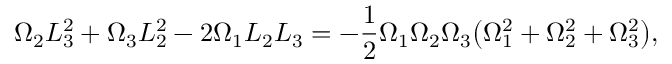
\Omega _ { 2 } L _ { 3 } ^ { 2 } + \Omega _ { 3 } L _ { 2 } ^ { 2 } - 2 \Omega _ { 1 } L _ { 2 } L _ { 3 } = - \frac { 1 } { 2 } \Omega _ { 1 } \Omega _ { 2 } \Omega _ { 3 } \big ( \Omega _ { 1 } ^ { 2 } + \Omega _ { 2 } ^ { 2 } + \Omega _ { 3 } ^ { 2 } \big ) ,